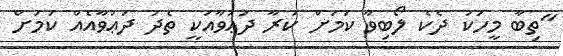
"ތިބާ މީހަކު ދެކެ ލޯބިވާ ކަމަށް ކުރާ ދަޢުވާއަކީ ތެދު ދަޢުވާއެއް ކަމަށް